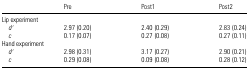
|  | Pre | Post1 | Post2 |
 | --- | --- | --- | --- |
 | <COLSPAN=4> Lip experiment |
 | d′ | 2.97 (0.20) | 2.40 (0.29) | 2.83 (0.24) |
 | c | 0.17 (0.07) | 0.27 (0.08) | 0.27 (0.11) |
 | <COLSPAN=4> Hand experiment |
 | d′ | 2.98 (0.31) | 3.17 (0.27) | 2.90 (0.21) |
 | c | 0.29 (0.08) | 0.09 (0.08) | 0.28 (0.12) |